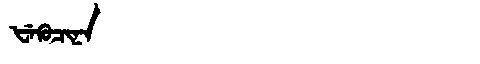
Manchu: ᡶᡝᡴᡠᠴᡳᠨᠠ
Romanization: FEKUCINA